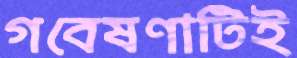
গবেষণাটিই